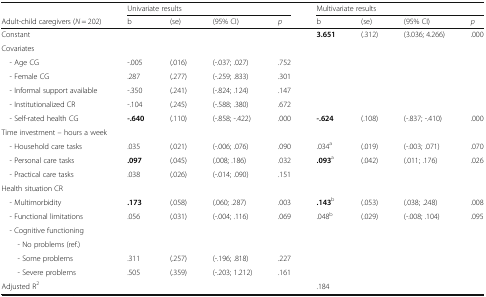
|  | <COLSPAN=4> Univariate results | <COLSPAN=4> Multivariate results |
 | Adult-child caregivers (N = 202) | b | (se) | (95% CI) | p | b | (se) | (95% CI) | p |
 | --- | --- | --- | --- | --- | --- | --- | --- | --- |
 | Constant |  |  |  |  | 3.651 | (.312) | (3.036; 4.266) | .000 |
 | <COLSPAN=9> Covariates |
 | - Age CG | -.005 | (.016) | (-.037; .027) | .752 |  |  |  |  |
 | - Female CG | .287 | (.277) | (-.259; .833) | .301 |  |  |  |  |
 | - Informal support available | -.350 | (.241) | (-.824; .124) | .147 |  |  |  |  |
 | - Institutionalized CR | -.104 | (.245) | (-.588; .380) | .672 |  |  |  |  |
 | - Self-rated health CG | -.640 | (.110) | (-.858; -.422) | .000 | -.624 | (.108) | (-.837; -.410) | .000 |
 | <COLSPAN=9> Time investment – hours a week |
 | - Household care tasks | .035 | (.021) | (-.006; .076) | .090 | .034a | (.019) | (-.003; .071) | .070 |
 | - Personal care tasks | .097 | (.045) | (.008; .186) | .032 | .093a | (.042) | (.011; .176) | .026 |
 | - Practical care tasks | .038 | (.026) | (-.014; .090) | .151 |  |  |  |  |
 | <COLSPAN=9> Health situation CR |
 | - Multimorbidity | .173 | (.058) | (.060; .287) | .003 | .143b | (.053) | (.038; .248) | .008 |
 | - Functional limitations | .056 | (.031) | (-.004; .116) | .069 | .048b | (.029) | (-.008; .104) | .095 |
 | <COLSPAN=9> - Cognitive functioning |
 | - No problems (ref.) |  |  |  |  |  |  |  |  |
 | - Some problems | .311 | (.257) | (-.196; .818) | .227 |  |  |  |  |
 | - Severe problems | .505 | (.359) | (-.203; 1.212) | .161 |  |  |  |  |
 | Adjusted R2 |  |  |  |  | .184 |  |  |  |